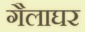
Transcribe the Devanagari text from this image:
गैलाघर